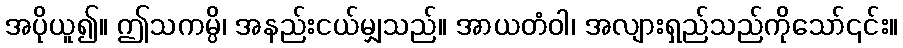
အပိုယူ၍။ ဤသကမ္ပိ၊ အနည်းငယ်မျှသည်။ အာယတံဝါ၊ အလျားရှည်သည်ကိုသော်၎င်း။